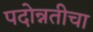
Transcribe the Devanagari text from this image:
पदोन्नतीचा